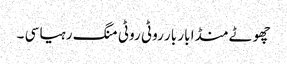
چھوٹے منڈا بار بار روٹی روٹی منگ رہیا سی ۔